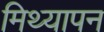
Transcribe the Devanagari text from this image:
मिथ्यापन